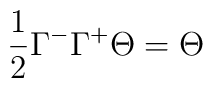
\frac{1}{2}\Gamma ^{-}\Gamma ^{+}\Theta =\Theta